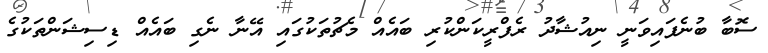
ސޮބާ ބުނެފައިވަނީ ނިއުޝާދު ރެފްރީކަންކުރި ބައެއް މެޗުތަކުގައި އޭނާ ނެގި ބައެއް ޑިސިޝަންތަކުގެ